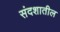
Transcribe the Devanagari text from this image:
संदशातील